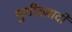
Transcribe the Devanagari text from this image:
मुशीरज़ादी